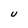
Character: U